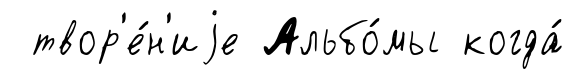
твор'е́н'иjе Альбо́мы когда́